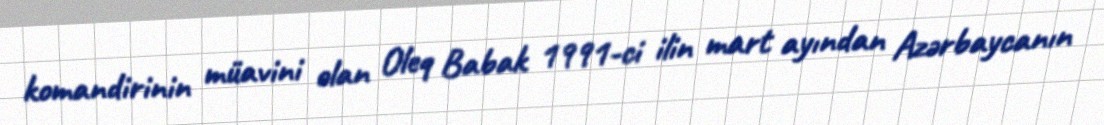
komandirinin müavini olan Oleq Babak 1991-ci ilin mart ayından Azərbaycanın